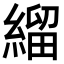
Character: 𦃓